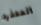
المعذره